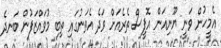
އެމީހުން ވަނީ ޔޫނިއަން އޮފީސް ތެރެއަށް ވަދެ އެތަނުގައި ތިބި މުވައްޒަފުން ބަނދެ